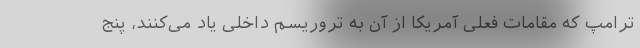
ترامپ که مقامات فعلی آمریکا از آن به تروریسم داخلی یاد می‌کنند، پنج